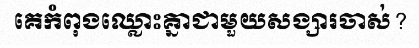
គេកំពុងឈ្លោះគ្នាជាមួយសង្សារចាស់?